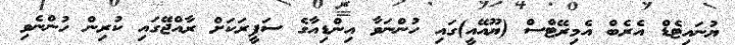
ޔުނައިޓެޑް އެރެބް އެމިރޭޓްސް (ޔޫއޭއީ)ގައި ހުންނަވާ އިންޑިއާގެ ސަފީރަކަށް ރާއްޖޭގައި ކުރިން ހުންނެވި